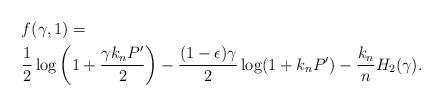
LaTeX: \begin{align*} & f(\gamma,1) = \\& \frac{1}{2} \log\left( 1 + \frac{\gamma k_n P'}{2} \right) - \frac{(1-\epsilon) \gamma}{2} \log(1+k_n P') - \frac{k_n}{n} H_2(\gamma).\end{align*}